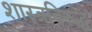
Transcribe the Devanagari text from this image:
शास्त्रविरुद्ध